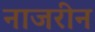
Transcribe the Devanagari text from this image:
नाजरीन